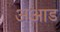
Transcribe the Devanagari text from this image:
अआड